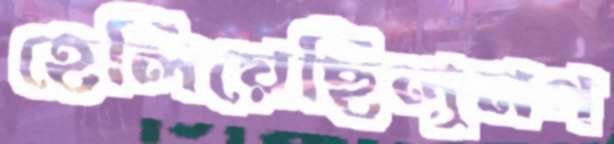
হেলিয়েছিলুমগ